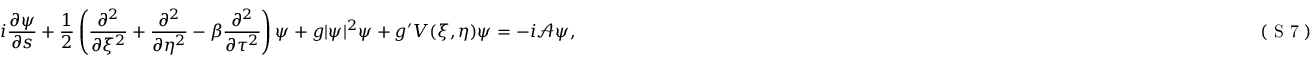
i \frac { \partial \psi } { \partial s } + \frac { 1 } { 2 } \left( \frac { \partial ^ { 2 } } { \partial \xi ^ { 2 } } + \frac { \partial ^ { 2 } } { \partial \eta ^ { 2 } } - \beta \frac { \partial ^ { 2 } } { \partial \tau ^ { 2 } } \right) \psi + g | \psi | ^ { 2 } \psi + g ^ { \prime } V ( \xi , \eta ) \psi = - i \mathcal { A } \psi , \eqno { ( \textrm { S 7 } ) }